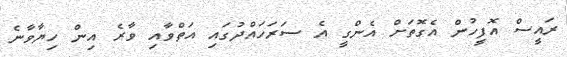
ރައީސް އޮފީހުން އެގޮތަށް އެންގީ އެ ސަރަހައްދުގައި އަތްވާއި ވާރެ އިން ހިޔާވާނެ